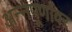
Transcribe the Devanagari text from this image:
अन्नपूर्णावर